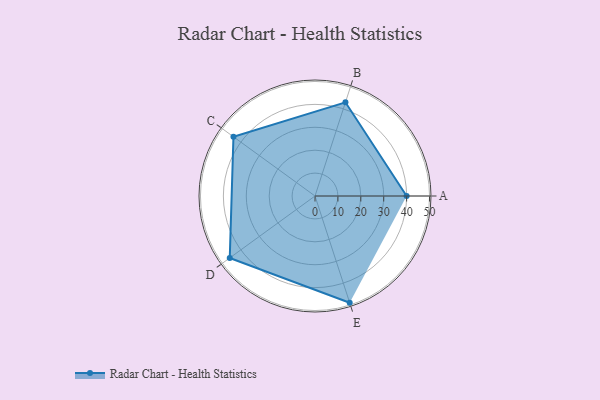
{"axis": {"x": "Skill", "y": "Score"}, "legend": ["Profile"], "data": [{"x": "A", "y": 40.0, "type": "Profile"}, {"x": "B", "y": 43.0, "type": "Profile"}, {"x": "C", "y": 44.0, "type": "Profile"}, {"x": "D", "y": 46.0, "type": "Profile"}, {"x": "E", "y": 49.0, "type": "Profile"}]}